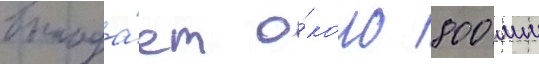
выпада́ет о́коло 800 мм